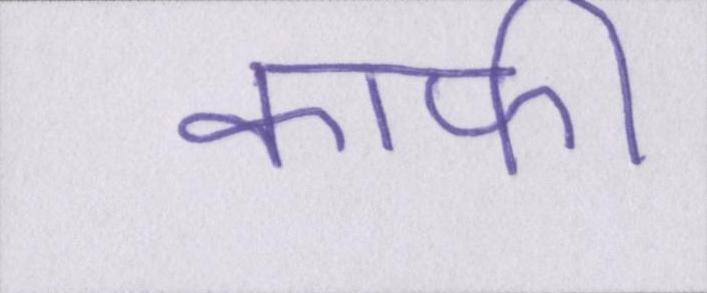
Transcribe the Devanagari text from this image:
काफी